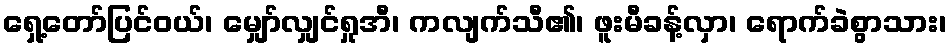
ရှေ့တော်ပြင်ဝယ်၊ မျှော်လျှင်ရှုအီ၊ ကလျက်သီ၏၊ ဖူးမီခန့်လှာ၊ ရောက်ခဲစွာသား၊